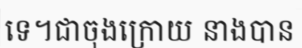
ទេ។ជាចុងក្រោយ នាងបាន